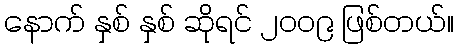
နောက် နှစ် နှစ် ဆိုရင် ၂၀၀၉ ဖြစ်တယ်။